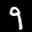
Label: 9